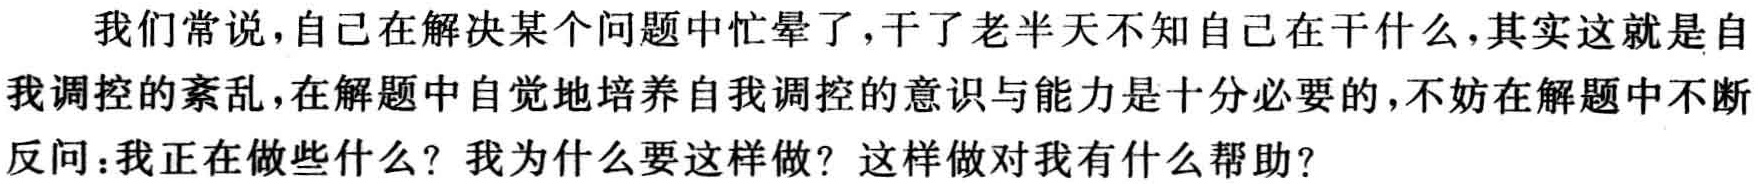
我们常说，自己在解决某个问题中忙晕了，干了老半天不知自己在干什么，其实这就是自我调控的紊乱，在解题中自觉地培养自我调控的意识与能力是十分必要的，不妨在解题中不断反问：我正在做些什么？我为什么要这样做？这样做对我有什么帮助？